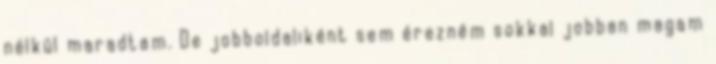
nélkül maradtam. De jobboldaliként sem érezném sokkal jobban magam